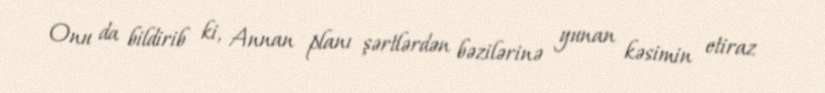
Onu da bildirib ki, Annan planı şərtlərdən bəzilərinə yunan kəsimin etiraz